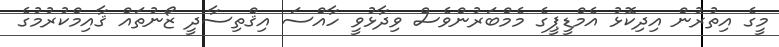
މީގެ އިތުރުން އިދިކޮޅު އެމްޑީޕީގެ މެމްބަރުންވެސް ވިދާޅުވީ ހާއްސަ އިޤްތިސާދީ ޒޯނުތައް ޤާއިމްކުރުމުގެ